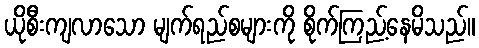
ယိုစီးကျလာသော မျက်ရည်စများကို စိုက်ကြည့်နေမိသည်။